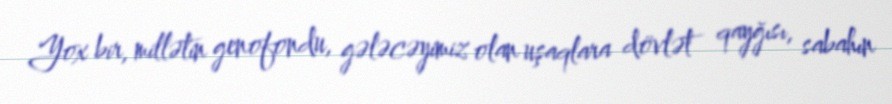
Yox bir, millətin genofondu, gələcəyimiz olan uşaqlara dövlət qayğısı, sabahın